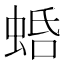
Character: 𧋣